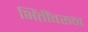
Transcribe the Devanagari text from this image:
भिंतींवरुन